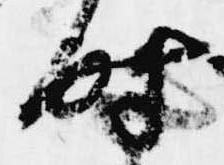
時